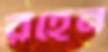
রঁহেন